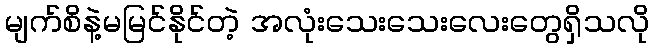
မျက်စိနဲ့မမြင်နိုင်တဲ့ အလုံးသေးသေးလေးတွေရှိသလို